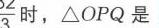
\(\frac{3}{2}\)时，\(\triangle OPQ\)是